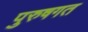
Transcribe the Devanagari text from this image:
पुरुषगत